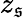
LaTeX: z_{\mathfrak{s}}